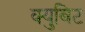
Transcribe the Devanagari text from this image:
क्युबिट